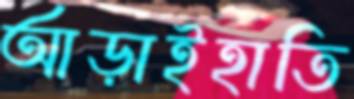
আড়াইহাতি